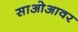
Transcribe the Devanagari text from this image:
साओआवर